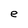
Character: e